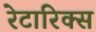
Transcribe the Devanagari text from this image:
रेटारिक्स